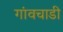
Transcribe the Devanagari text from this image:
गांवचाडी